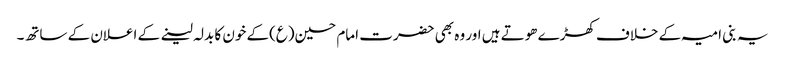
یہ بنی امیہ کے خلاف کھڑے ھوتے ہیں اور وہ بھی حضرت امام حسین(ع)کے خون کا بدلہ لینے کے اعلان کے ساتھ۔